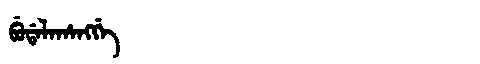
Manchu: ᠪᡠᡩᠠᠯᠠᡥᠠᠩᡤᡝ
Romanization: BUDALAHANGGE